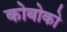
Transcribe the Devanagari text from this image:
कोबोको